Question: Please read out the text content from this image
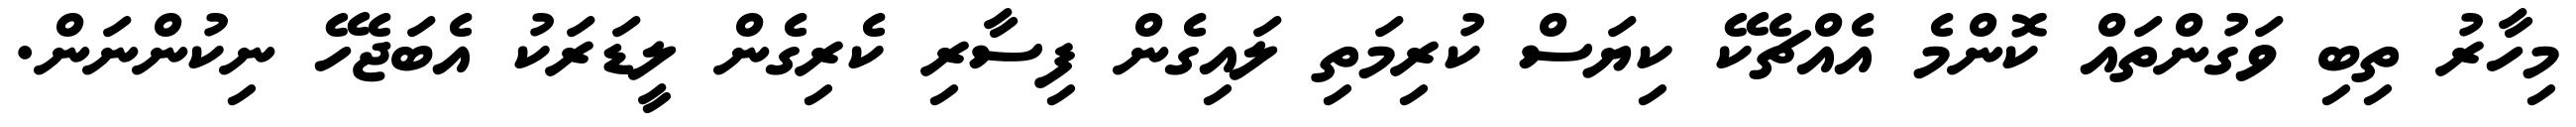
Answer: މިހާރު ތިބި ވަގުންތައް ކޮންމެ އެއްޗެކޭ ކިޔަސް ކުރިމަތި ލައިގެން ފިސާރި ކެރިގެން ލީޑަރަކު އެބަޖެހޭ ނިކުންނަން.